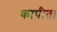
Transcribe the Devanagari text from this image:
कापीता